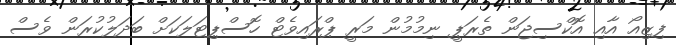
ފިޒިއޯ އާއި އޮކްސިޖަން ތެރަޕީ ނިމުމުން މަރީ ޕްރައިވެޓް ހޮސްޕިޓަލަކަށް ބަދަލުކުރަން ވެސް